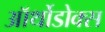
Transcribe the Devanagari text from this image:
ऑर्थोडोक्स